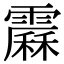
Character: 𩅩